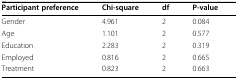
| Participant preference | Chi-square | df | P-value |
 | --- | --- | --- | --- |
 | Gender | 4.961 | 2 | 0.084 |
 | Age | 1.101 | 2 | 0.577 |
 | Education | 2.283 | 2 | 0.319 |
 | Employed | 0.816 | 2 | 0.665 |
 | Treatment | 0.823 | 2 | 0.663 |